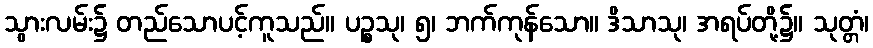
သွားလမ်း၌ တည်သောပင့်ကူသည်။ ပဉ္စသု၊ ၅၊ ဘက်ကုန်သော။ ဒိသာသု၊ အရပ်တို့၌။ သုတ္တံ၊